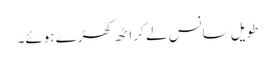
طویل سانس لے کر اٹھ کھڑے ہوئے۔